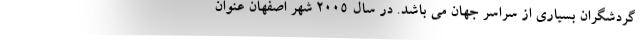
گردشگران بسیاری از سراسر جهان می باشد. در سال 2005 شهر اصفهان عنوان